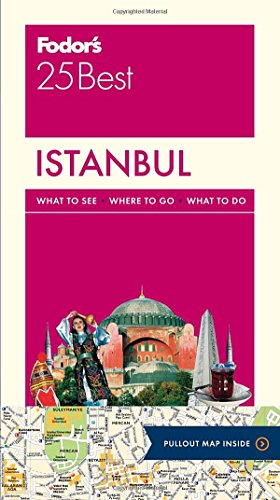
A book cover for Fodor's Istanbul 25 Best (Full-color Travel Guide); Fodor's; Travel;